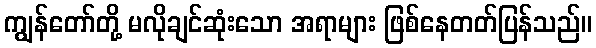
ကျွန်တော်တို့ မလိုချင်ဆုံးသော အရာများ ဖြစ်နေတတ်ပြန်သည်။